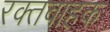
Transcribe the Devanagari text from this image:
रक्तवाहक